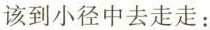
该到小径中去走走：